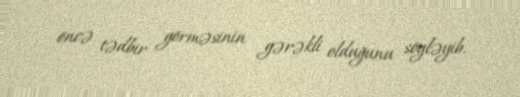
öncə tədbir görməsinin gərəkli olduğunu söyləyib.